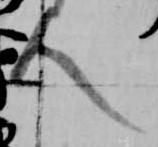
人